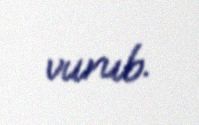
vurub.